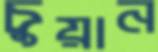
চুয়ান